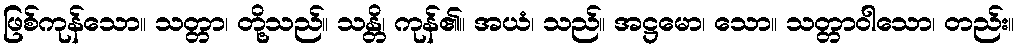
ဖြစ်ကုန်သော။ သတ္တာ၊ တို့သည်။ သန္တိ၊ ကုန်၏။ အယံ၊ သည်။ အဋ္ဌမော၊ သော။ သတ္တာဝါသော၊ တည်း။